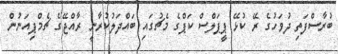
ބުރާސްފަތި ދުވަހުގެ ރޭ ކުޅޭ ޕީޕަލްސް ކަޕްގެ މެޗުގައި ބައްދަލުކުރާނީ ރާއްޖޭގެ ޗެމްޕިއަނުން